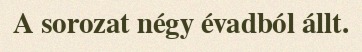
A sorozat négy évadból állt.